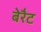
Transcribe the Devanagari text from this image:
बेरैट